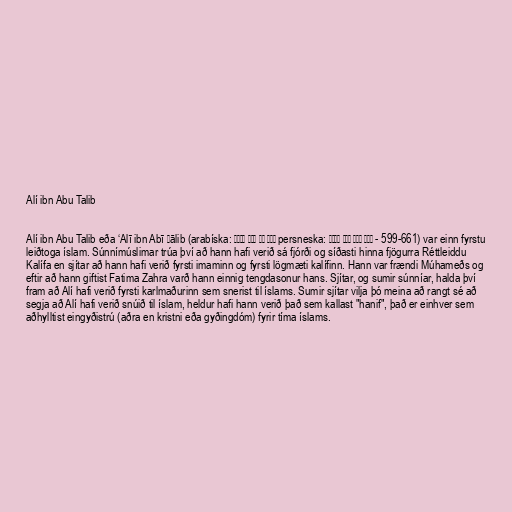
Alí ibn Abu Talib

Alí ibn Abu Talib eða ‘Alī ibn Abī Ṭālib (arabíska: علي بن أﺑﻲ طالب‎ persneska: علی پسر ابو طالب‎ - 599-661) var einn fyrstu
leiðtoga íslam. Súnnímúslimar trúa því að hann hafi verið sá fjórði og síðasti hinna fjögurra Réttleiddu
Kalífa en sjítar að hann hafi verið fyrsti imaminn og fyrsti lögmæti kalífinn. Hann var frændi Múhameðs og
eftir að hann giftist Fatima Zahra varð hann einnig tengdasonur hans. Sjítar, og sumir súnníar, halda því
fram að Alí hafi verið fyrsti karlmaðurinn sem snerist til íslams. Sumir sjítar vilja þó meina að rangt sé að
segja að Alí hafi verið snúið til íslam, heldur hafi hann verið það sem kallast "hanif", það er einhver sem
aðhylltist eingyðistrú (aðra en kristni eða gyðingdóm) fyrir tíma íslams.